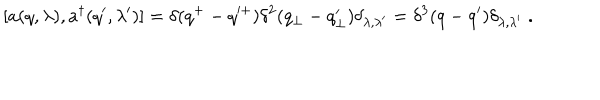
LaTeX: [ a ( q , \lambda ) , a ^ { \dagger } ( q ^ { \prime } , \lambda ^ { \prime } ) ] = \delta ( q ^ { + } - q ^ { \prime + } ) \delta ^ { 2 } ( q _ { \perp } - q _ { \perp } ^ { \prime } ) \delta _ { \lambda , \lambda ^ { \prime } } = \delta ^ { 3 } ( q - q ^ { \prime } ) \delta _ { \lambda , \lambda ^ { \prime } } \; .